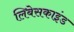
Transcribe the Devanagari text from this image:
लिबेसकाइंड